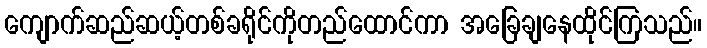
ကျောက်ဆည်ဆယ့်တစ်ခရိုင်ကိုတည်ထောင်ကာ အခြေချနေထိုင်ကြသည်။